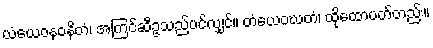
ယံယေဝနဝနိတံ၊ အကြင်ဆီဥသည်ပင်လျှင်။ တံယေဝဃတံ၊ ထိုထောပတ်တည်း။